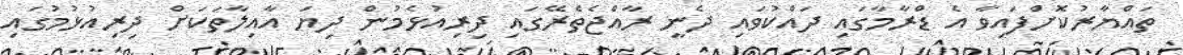
ތައްޔާރުކޮށްފައިވާ އެ ޑްރާމާގައި ދައްކުވައި ދެނީ ރާއްޖެތެރޭގައި ދިރިއުޅެމުން ދިޔަ އާއިލާތަކަށް ދިރިއުޅުމުގައި